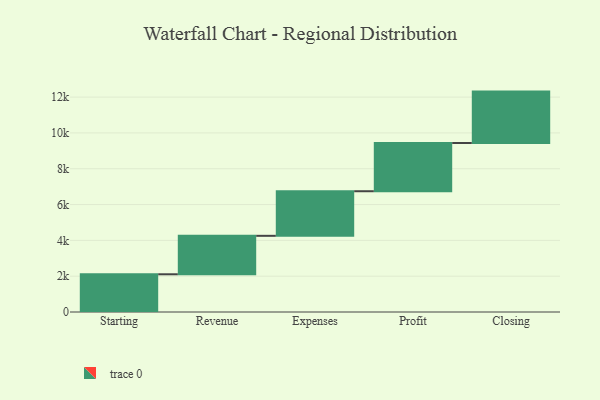
{"axis": {"x": "Step", "y": "Value"}, "legend": [""], "data": [{"x": "Starting", "y": 2106.0, "type": ""}, {"x": "Revenue", "y": 2148.0, "type": ""}, {"x": "Expenses", "y": 2490.0, "type": ""}, {"x": "Profit", "y": 2694.0, "type": ""}, {"x": "Closing", "y": 2869.0, "type": ""}]}